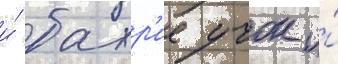
и́ бахр'ие учок и́